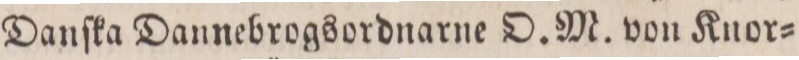
Danſka Dannebrogsordnarne O. M. von Knor=